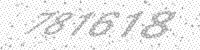
Solution: 781618